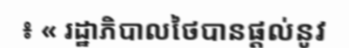
៖ « រដ្ឋាភិបាលថៃបានផ្តល់នូវ